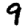
Digit: 9